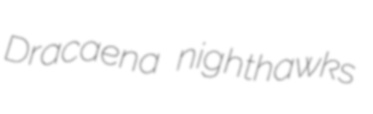
Dracaena nighthawks